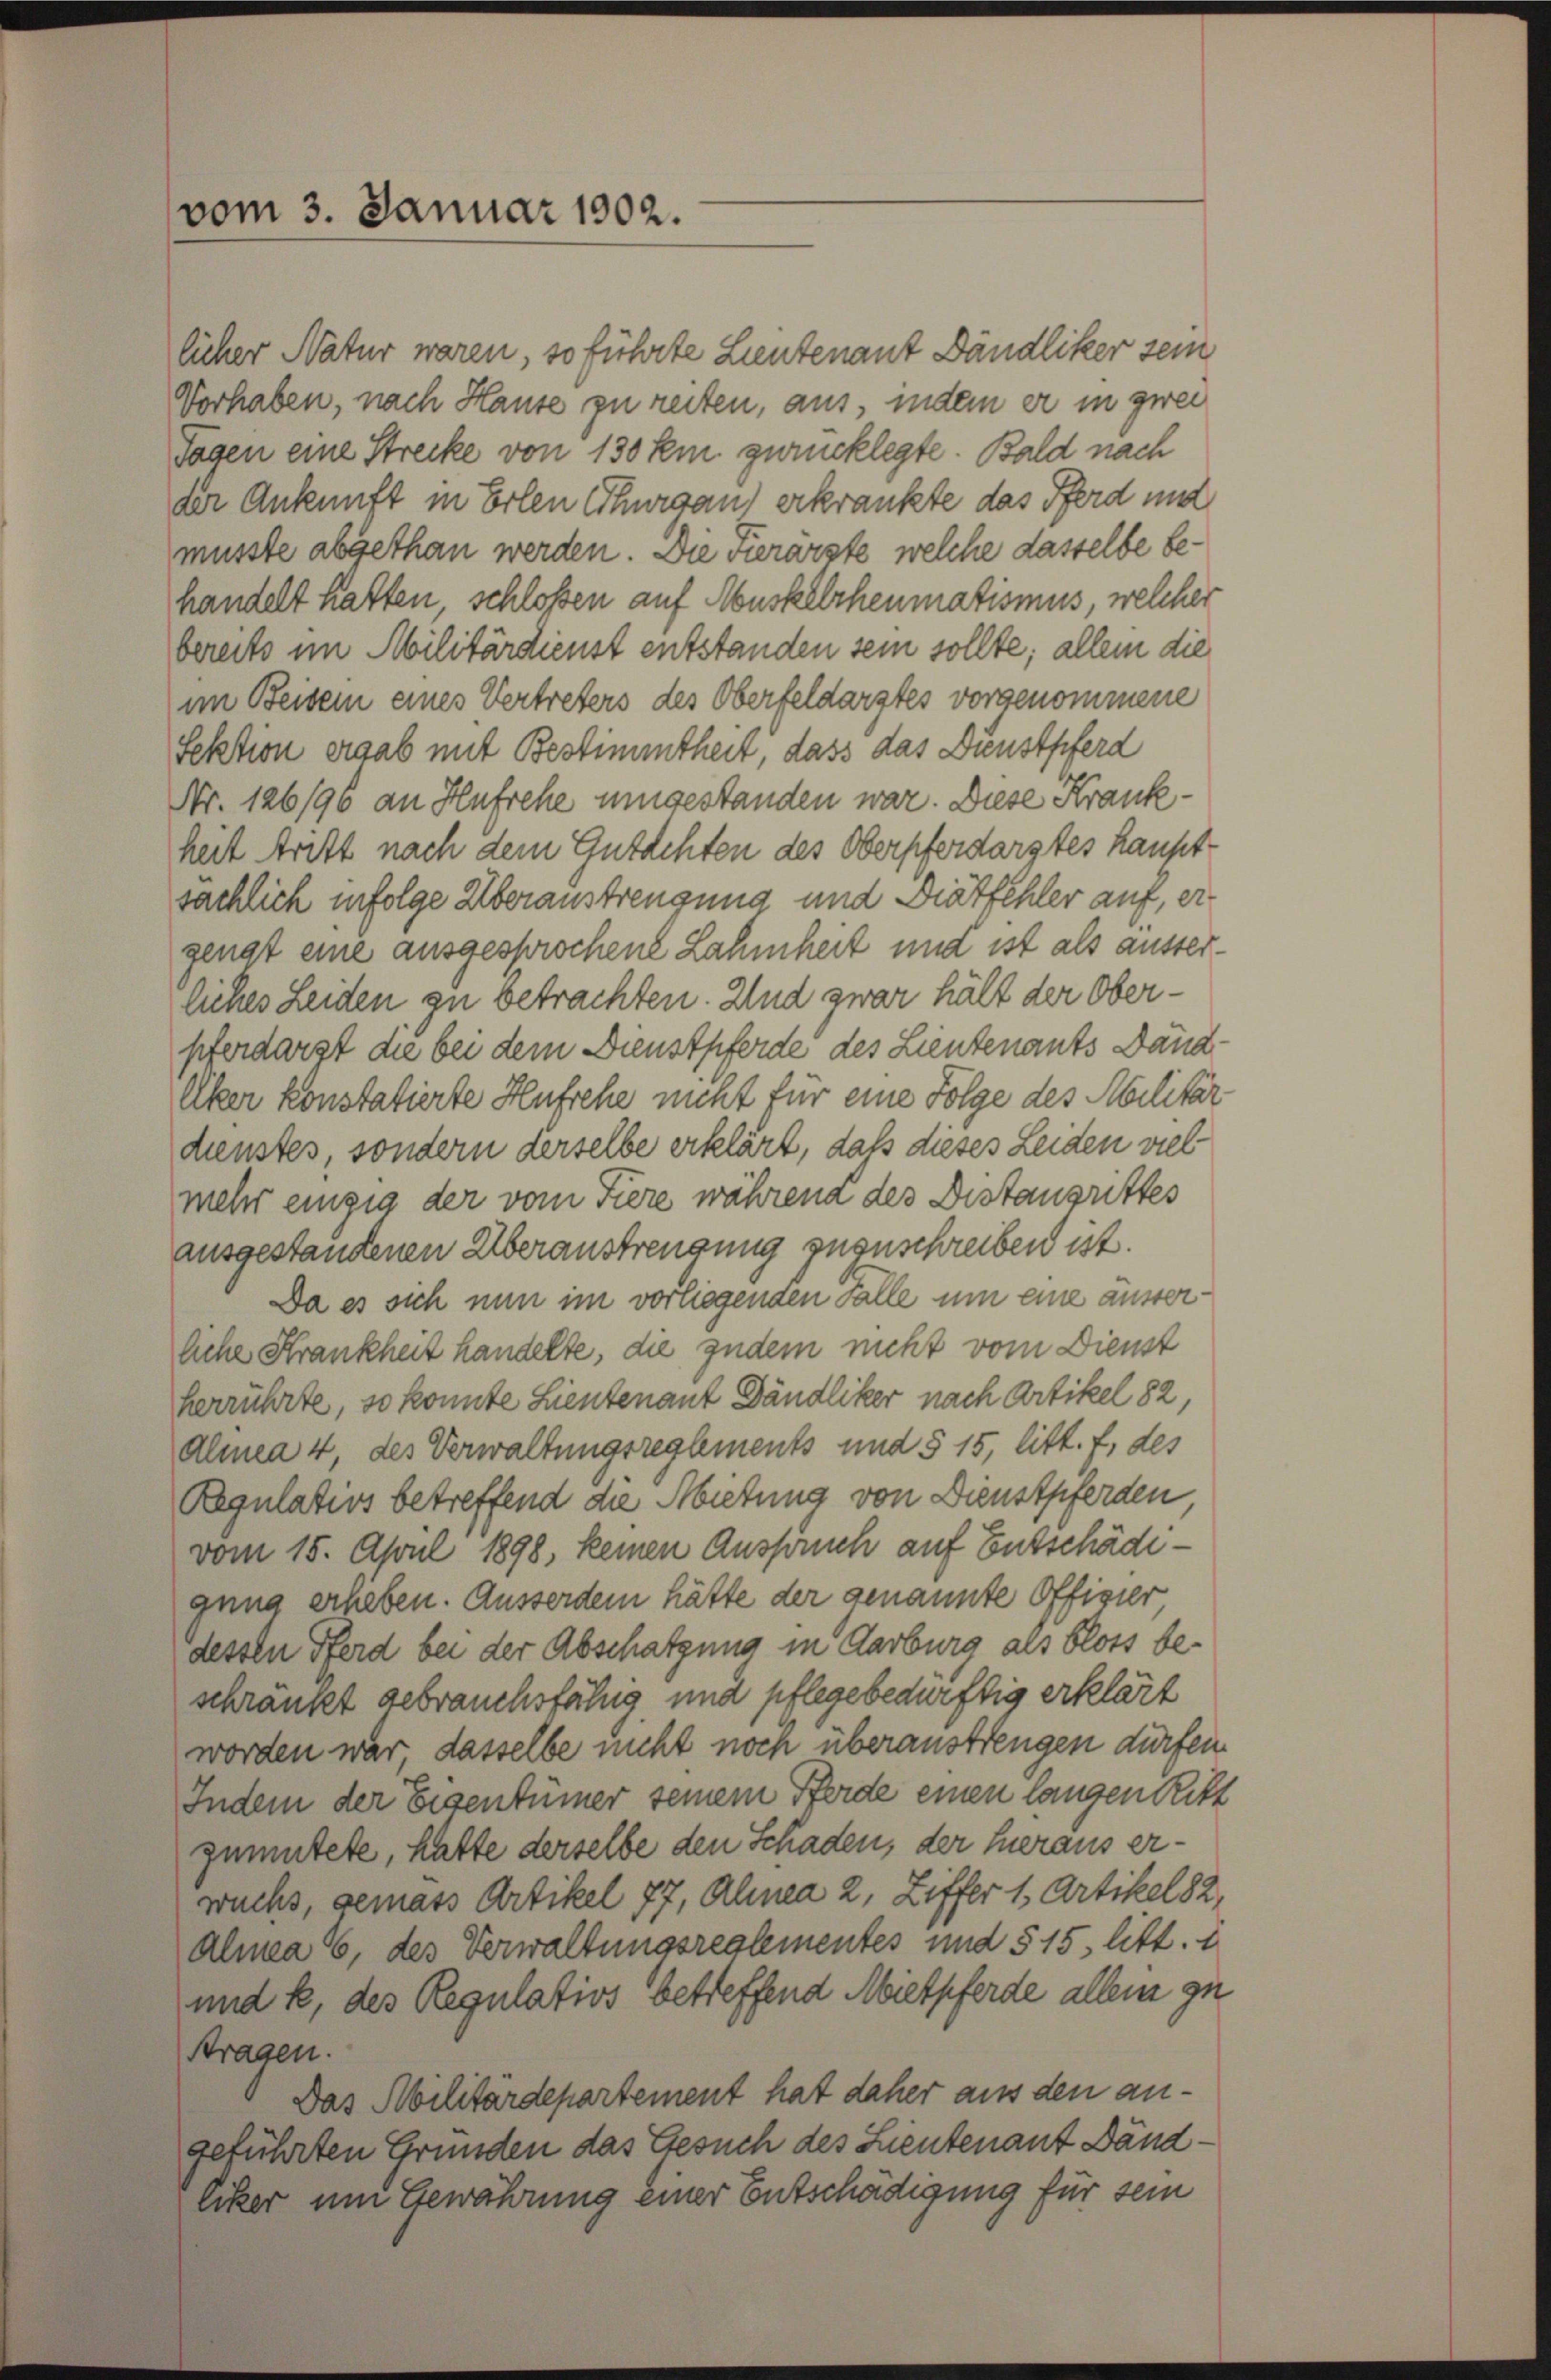
vom 3. Januar 1902.

licher Natur waren, so führte Lieutenant Dändliker sein
Vorhaben, nach Hause zu reiten, aus, indem er in zwei
Tagen eine Strecke von 130 km zurücklegte. Bald nach
der Ankunft in Erlen Thurgau) erkränkte das Pferd und
musste abgethan werden. Die Tierärzte, welche dasselbe behandelt hatten schloßen auf Muskelrheumatismus, welcher
bereits im Militärdienst entstanden sein sollte; allein die
im Beisen eines Vertreters des Oberfeldarstes vorgenommene
fektion ergab mit Bestimmtheit, dass das Dienstpferd
Nr. 126/90 an Hufrehe umgestanden war. Diese Krankheit Aritt nach dem Gutachten des Oberpferdarstes Hauptsächlich infolge Überaustrengung und Diätfehler auf, ergengt eine ausgesprochene Lahmheit und ist als ausserliches Leiden zu betrachten. Und zwar hält der Oberpferdarst die bei dem Dienstpferde des Lieutenants Dänd¬
Uker konstatierte Hufsehe nicht für eine Folge des Militär
dienstes, sondern derselbe erklärt, daß dieses Leiden viel
mehr einzig der vom Tiere während des Distangrittes
ausgestandenen Überaustrengung zugeschreiben ist.
Da es sich nun im vorliegenden Falle um eine äusserliche Strankheit handelte, die zudem nicht vom Dienst
herrührte, so konnte Lieutenant Dändliker nach Artikel 82,
Almea 4, des Verwaltungsreglements und § 15, litt. f, des
Regulativs betreffend die Abietung von Dienstpferden,
vom 15. April 1898, keinen Anspruch auf Entschädegung erheben. Ausserdem hätte der genannte Offizier
dessen Pferd bei der Abschatzung in Aarburg als bloss beschränkt gebrauchsfähig, und pflege bedürftig erklärt
worden war, dasselbe nicht noch überaustrengen dürfen.
Indem der Eigentümer seinem Pferde einen langen Ritt
zumutete, hatte derselbe den Schaden, der heraus erwuchs, gemäss Artikel 77, Alinea 2, Ziffer 1, Artikel 82,
almea 6, des Verwaltungsrealementes und 5 15 litt.
und k. des Regulativs betreffend Mietpferde allein zu
Stragen.
Das Militärdepartement hat daher aus den angeführten Gründen das Gesuch des Lieutenant Dändliker um Gewährung einer Entschädigung für sein